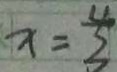
x = \frac { 4 } { 3 }